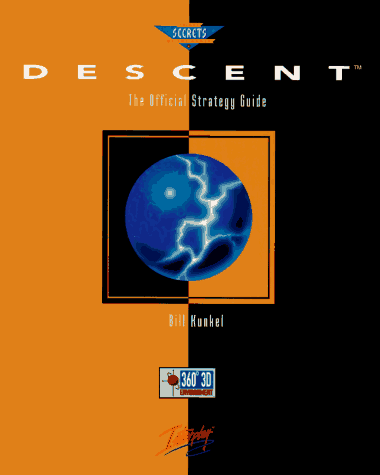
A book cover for Descent: The Official Strategy Guide (Secrets of the Games Series); Bill Kunkel; Children's Books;